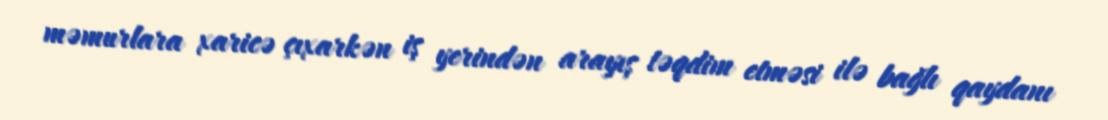
məmurlara xaricə çıxarkən iş yerindən arayış təqdim etməsi ilə bağlı qaydanı